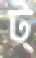
ট্